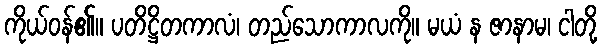
ကိုယ်ဝန်၏။ ပတိဋ္ဌိတကာလံ၊ တည်သောကာလကို။ မယံ န ဇာနာမ၊ ငါတို့